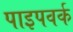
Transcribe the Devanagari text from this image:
पाइपवर्क